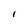
Character: l